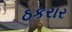
ઠકરાર